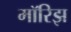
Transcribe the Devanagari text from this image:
मॉरिझ